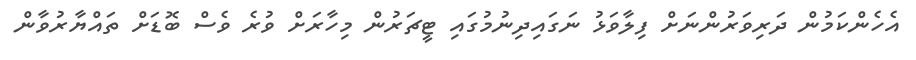
އެހެންކަމުން ދަރިވަރުންނަށް ފިލާވަޅު ނަގައިދިނުމުގައި ޓީޗަރުން މިހާރަށް ވުރެ ވެސް ބޮޑަށް ތައްޔާރުވާން